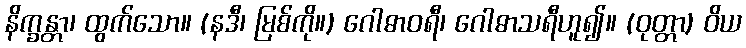
နိက္ခန္တာ၊ ထွက်သော။ (နဒီ၊ မြစ်ကို။) ဂေါဓာဝရီ၊ ဂေါဓာသရီဟူ၍။ (ဝုတ္တာ) ဝိယ